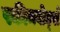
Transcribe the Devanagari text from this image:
स्कीमबोर्ड्स